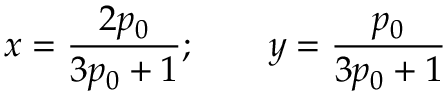
x = \frac { 2 p _ { 0 } } { 3 p _ { 0 } + 1 } ; \qquad y = \frac { p _ { 0 } } { 3 p _ { 0 } + 1 }